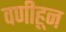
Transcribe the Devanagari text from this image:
वणीहून